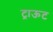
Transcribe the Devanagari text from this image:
ट्राऊट